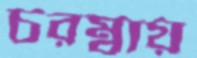
চরম্বায়